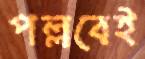
পল্লবেই